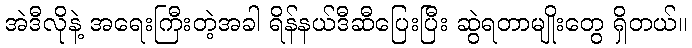
အဲဒီလိုနဲ့ အရေးကြီးတဲ့အခါ ရိန်နယ်ဒီဆီပြေးပြီး ဆွဲရတာမျိုးတွေ ရှိတယ်။